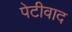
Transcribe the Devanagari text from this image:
पेटीवाद